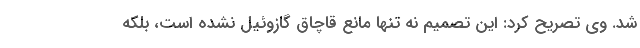
شد. وی تصریح کرد: این تصمیم نه تنها مانع قاچاق گازوئیل نشده است، بلکه